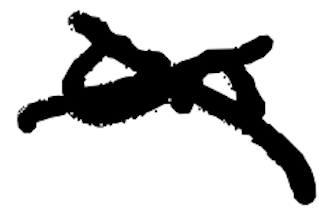
Text: on
Cross-out: cross
Writing tool: digital_black